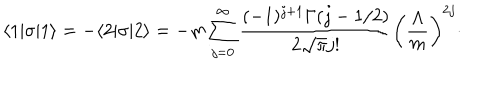
LaTeX: \langle 1 | \sigma | 1 \rangle = - \langle 2 | \sigma | 2 \rangle = - m \sum _ { j = 0 } ^ { \infty } { \frac { ( - 1 ) ^ { j + 1 } \Gamma ( j - 1 / 2 ) } { 2 \sqrt { \pi } j ! } } \left( { \frac { \Lambda } { m } } \right) ^ { 2 j } \cdotp